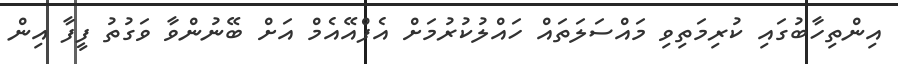
އިންތިހާބުގައި ކުރިމަތިވި މައްސަލަތައް ހައްލުކުރުމަށް އެފްއޭއެމް އަށް ބޭނުންވާ ވަގުތު ފީފާ އިން